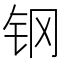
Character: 钢